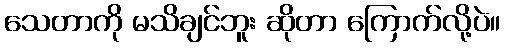
သေတာကို မသိချင်ဘူး ဆိုတာ ကြောက်လို့ပဲ။